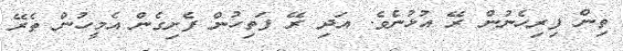
ތިން ފިރިހެނުން ރޭ އުޅުނެވެ. އަދި ރޭ ފަތިހުން ފެށިގެން އެމީހުން ތެރޭ